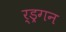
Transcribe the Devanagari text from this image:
र्ड्रगन